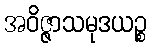
အဝိဇ္ဇာသမုဒယဉ္စ